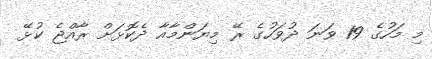
މި މަހުގެ 19 ވަނަ ދުވަހުގެ ރޭ މިޔަންމާއާ ދެކޮޅަށް ރާއްޖެ ކުޅޭ